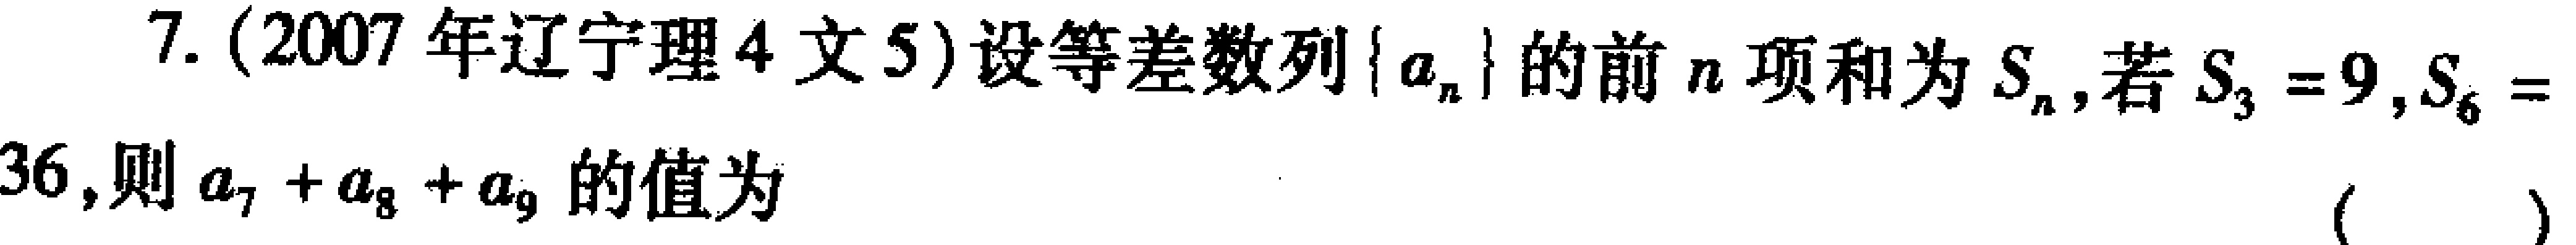
7. (2007年辽宁理4文5)设等差数列\(\{ a_{n}\}\)的前\(n\)项和为\(S_{n}\),若\(S_{3}=9,S_{6}=36\),则\(a_{7}+a_{8}+a_{9}\)的值为 （  ）